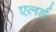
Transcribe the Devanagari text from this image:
एलर्ड